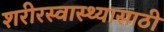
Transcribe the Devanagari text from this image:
शरीरस्वास्थ्यासाठी